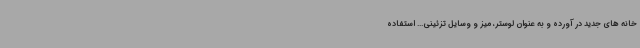
خانه های جدید در آورده و به عنوان لوستر، میز و وسایل تزئینی... استفاده